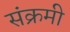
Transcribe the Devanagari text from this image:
संक्रमी